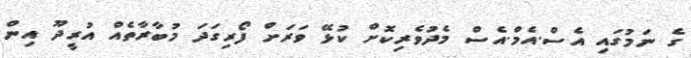
ގެ ނަމުގައި އެސް.އެމް.އެސް މެދުވެރިކޮށް ކުޅޭ ވަރަށް ފޯރިގަދަ މުބާރާތެއް އުރީދޫ އިން